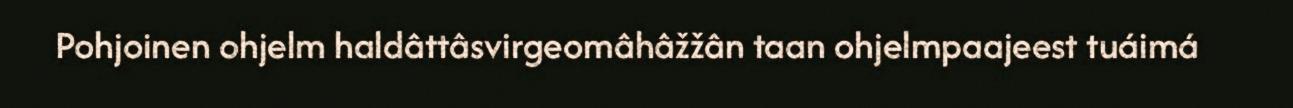
Pohjoinen ohjelm haldâttâsvirgeomâhâžžân taan ohjelmpaajeest tuáimá